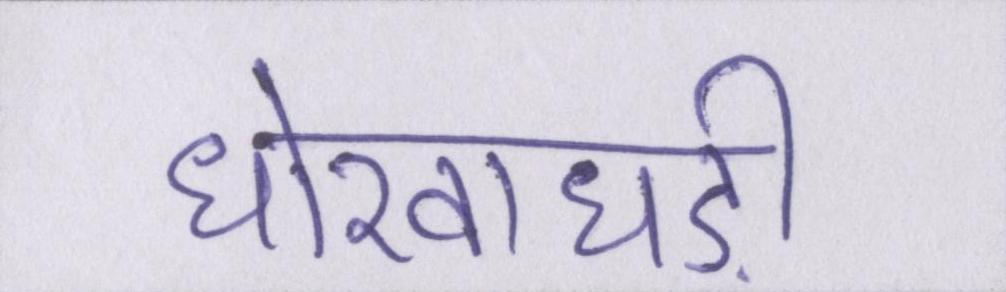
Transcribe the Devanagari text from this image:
धोखाधड़ी